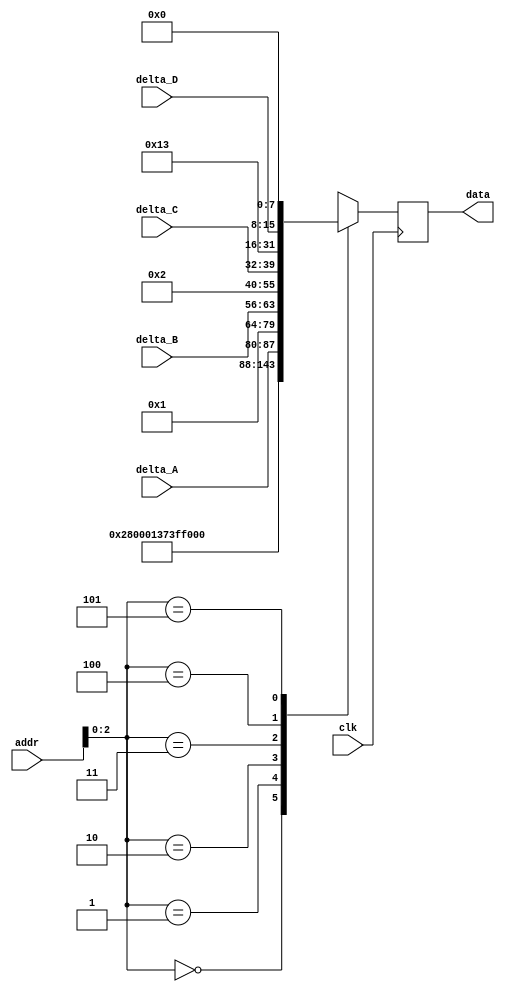
module message_rom (
    input clk,
    input [3:0] addr,
    input [7:0] delta_A,
    input [7:0] delta_B,
    input [7:0] delta_C,
    input [7:0] delta_D,
    output [23:0] data
  );
 
  reg [23:0] rom_data [5:0];
 
  // assign rom_data[0] = 24'b100000000011000000000000;//101000000000000000000011;
  // assign rom_data[1] = 24'b101000000000011100000001;
 
  reg [23:0] data_d, data_q;
 
  assign data = data_q;
 
  always @(*) begin

// // // OLDVI STYLE
    // rom_data[0] = 24'b001010000000000000000001; // SOFT_RESET;
    // rom_data[1] = 24'b001101110011111111111111;//1111; // LDAC SETUP
// //
  // NEW
    rom_data[0] = 24'b001010000000000000000001; // SOFT_RESET;
    rom_data[1] = 24'b001101110011111111110000;//1111; // LDAC SETUP
//
  // OLD
    // rom_data[2] = {8'b00010000, delta_A, 8'b00011111}; // CH A
    // rom_data[3] = {8'b00010001, delta_B, 8'b00000000}; // CH B
    // rom_data[4] = {8'b00010010, delta_C, 8'b00011111}; // CH C
    // rom_data[5] = {8'b00010011, delta_D, 8'b00000000}; // CH D
// NEW
    rom_data[2] = {8'b00000000, delta_A, 8'b00000000}; // CH A
    rom_data[3] = {8'b00000001, delta_B, 8'b00000000}; // CH B
    rom_data[4] = {8'b00000010, delta_C, 8'b00000000}; // CH C
    rom_data[5] = {8'b00010011, delta_D, 8'b00000000}; // CH D


 // MINE
    // rom_data[0] = 24'b001010000000000000000001; // SOFT_RESET;
    // rom_data[1] = 24'b001010000000000000000001; // SOFT_RESET;
    // // rom_data[1] = 24'b001101110011111111110000;//1111; // LDAC SETUP

    // rom_data[2] = {8'b00000000, delta_A, 8'b00011111}; // CH A
    // rom_data[3] = {8'b000001, delta_B, 8'b00000000}; // CH B





  // reg [7:0] add = 8'b00010011;
    // rom_data[2] = {8'b00010000, delta_A, 8'b00011111}; // CH A
    // rom_data[3] = {8'b00010001, delta_B, 8'b00000000}; // CH B



    

    // rom_data[4] = {8'b00010010, delta_C, 8'b00000000}; // CH A
    // rom_data[5] = {8'b00010011, delta_D, 8'b00000000}; // CH B

    // rom_data[4] = {8'b00010001, add, 8'b00000000}; // CH B
    // rom_data[5] = {8'b00010010, add, 8'b00000000}; // CH C

    // if (addr > 4'd13)
      // data_d = " ";
    // else
      // add_
      data_d = rom_data[addr];
  end
 

  always @(posedge clk) begin
    data_q <= data_d;
  end
 
endmodule